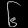
Digit: ၆